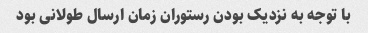
با توجه به نزدیک بودن رستوران زمان ارسال طولانی بود